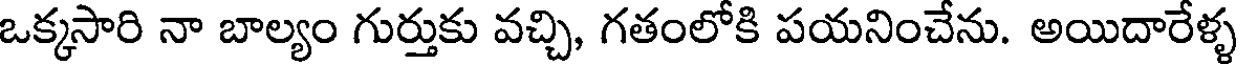
ఒక్కసారి నా బాల్యం గుర్తుకు వచ్చి, గతంలోకి పయనించేను. అయిదారేళ్ళ